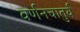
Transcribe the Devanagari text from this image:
वर्णनचातुर्य